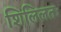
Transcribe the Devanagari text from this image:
शिलिलतः